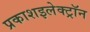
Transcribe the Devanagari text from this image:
प्रकाशइलेक्ट्रॉन